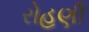
રોહણી